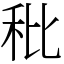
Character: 秕